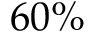
6 0 \%